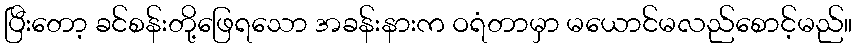
ပြီးတော့ ခင်စန်းတို့ဖြေရသော အခန်းနားက ဝရံတာမှာ မယောင်မလည်စောင့်မည်။